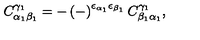
C _ { \alpha _ { 1 } \beta _ { 1 } } ^ { \gamma _ { 1 } } = - \left( - \right) ^ { \epsilon _ { \alpha _ { 1 } } \epsilon _ { \beta _ { 1 } } } C _ { \beta _ { 1 } \alpha _ { 1 } } ^ { \gamma _ { 1 } } ,